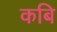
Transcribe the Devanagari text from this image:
कबि